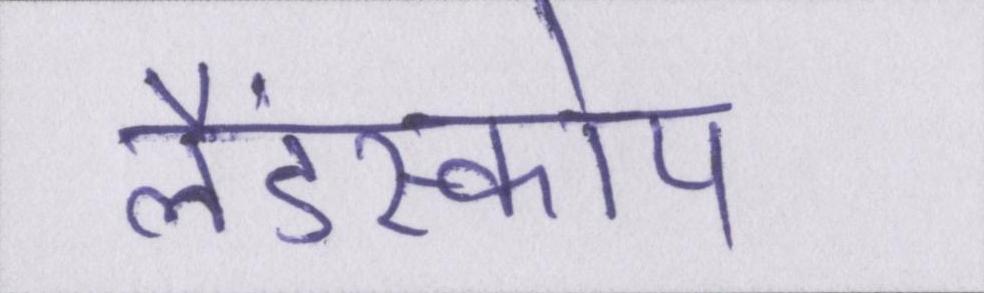
लैंडस्कोप